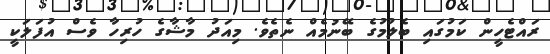
ރައްޓެހީން ކަމުގައި ބެލުމުގެ ބޭނުމެއް ނެތެވެ. މިއަދު މާޝާގެ ހުރިހާ ވެސް އުފަލަކީ